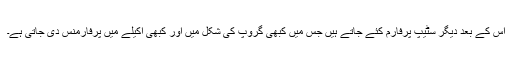
اس کے بعد دیگر سٹیپ پرفارم کئے جاتے ہیں جس میں کبھی گروپ کی شکل میں اور کبھی اکیلے میں پرفارمنس دی جاتی ہے۔